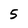
Character: 5